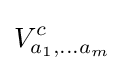
V_{a_{1},\ldots a_{m}}^{c}